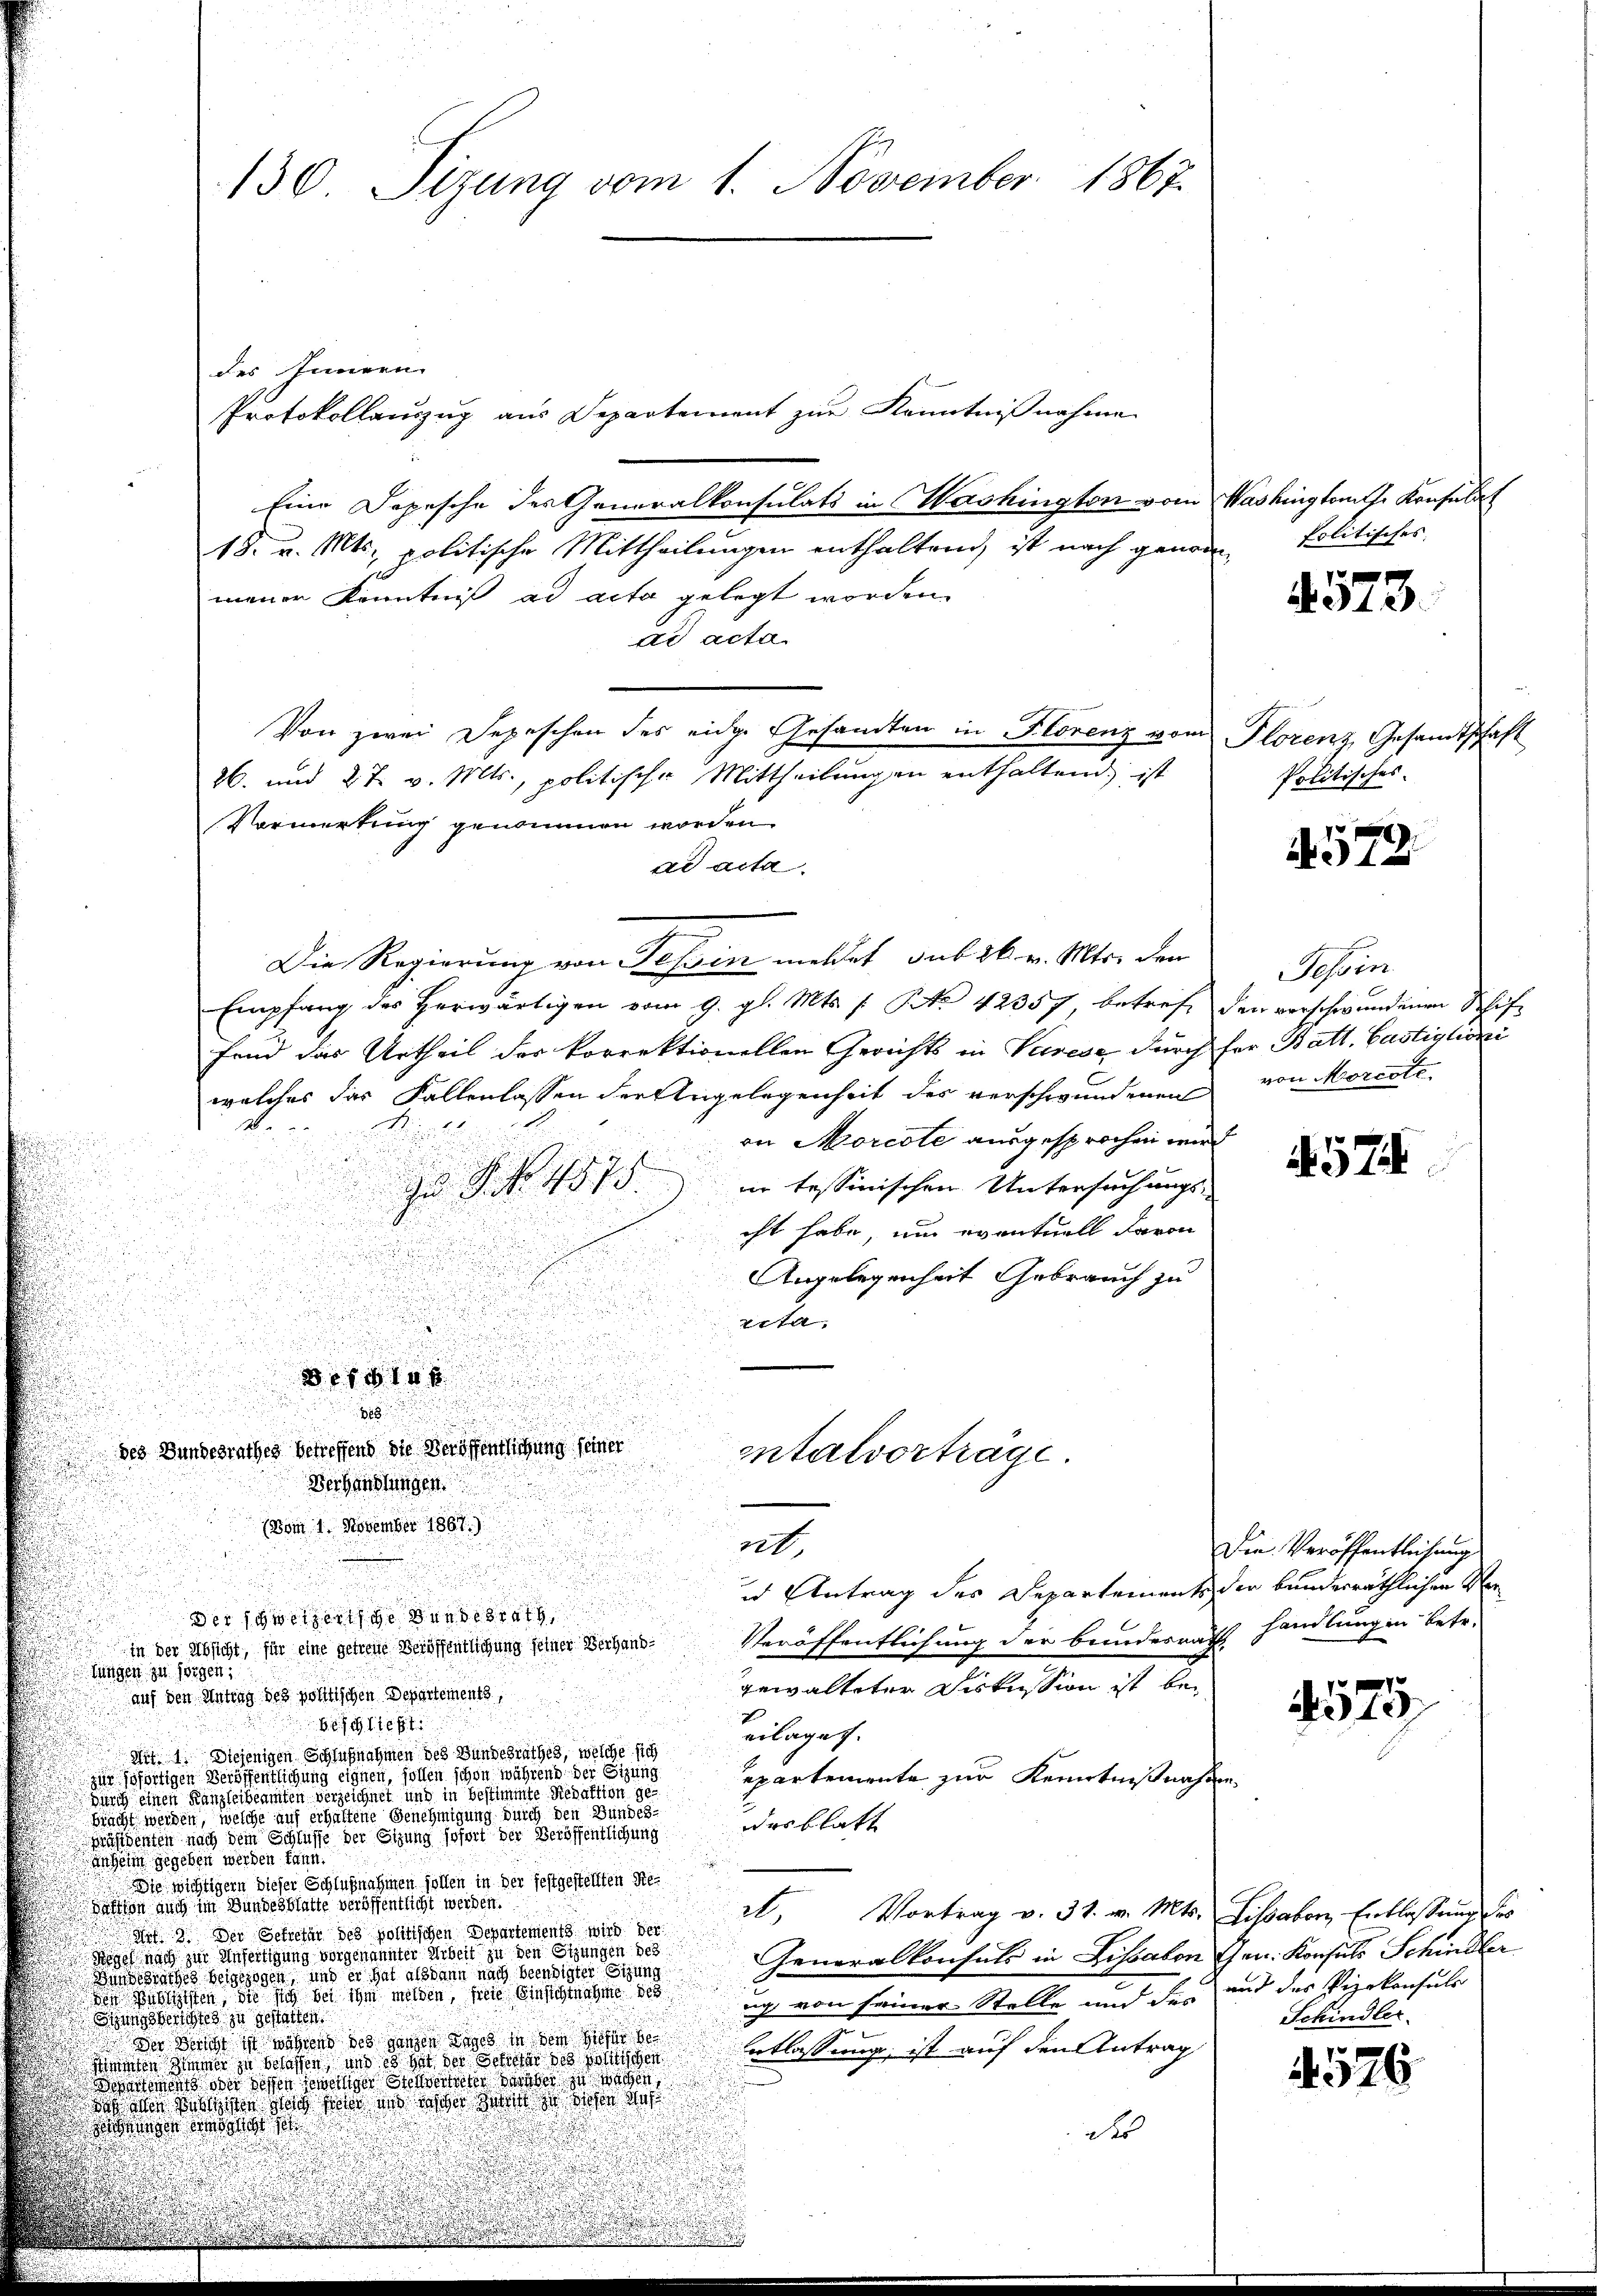
des Innern.
Protokollauszug aus Departement zur Kenntnißnahme
Eine Depesche des Generalkonsulats in Washington vom Washingtons Konsulat
18. v. Mts. politische Mittheilungen enthaltend, ist nach genom
mener Kenntniß ad acta gelegt worden.
dd acta.
Von zwei Depeschen des eidge Gesandten in Florenz vom
26. und 2 t v. Mts., politische Mittheilungen enthaltend, ist
Vormerkung genommen worden.
ad acta.
Die Regierung von Tessin meldet sub 26. v. Mts. den
Empfang des herwärtigen vom 9. gl. Mts. f. No 42357, betreff den verschwundenen Schiffand das Urtheil der korrektionellen Gerichts in Varese durch für Batt. Gastiglioni
welches das Fallenlassen der Angelegenheit der verschwundenen
Nr. 20.

on Morcote ausgesprochen wird
zu S. Nr. 4575. in tessinischen Untersuchungs-
cht habe, um eventuell davon
Angelegenheit Gebrauch zu
rta,
38 1614 x
8
des Bundesrathes betreffend die Veröffentlichung seiner
entalvorträge.
Verhandlungen.
(vom 1. November 1867)
ret.
in Antrag des Departements der bunderräthlichen Verder schweizertige Bundesrath,
Veröffentlichung der bundesrath
in der Absicht, für eine getreue Veröffentlichung seiner Verhand¬
Jungen zu sorgen;
gewalteter Diskussion ist bei
auf den Antrag des politischen Departements,
7
belief
eilagen.
Art. 1. Diejenigen Schlußnahmen des Bundesrathes, welche sich
zur sofortigen Veröffentlichung eignen, sollen schon während der Sitzung
epartemente zur Kenntniß nahe
gi einen Kanzleibeamten verzeichnet und in besten deration de
Bracht werden, welche und erhaltene Benehmigung durch den Bundes
das blatt
üssenen nach dem Eglisse der Sitzung sofort der Veröffentlichung
angen gegeben werden kann.
Die wichtigern dieser Schlußnahmen sollen in der festgestellten Re¬
Batten auch im Bundesblatte veröffentlicht weißen.
et. Vortrag v. 31. v. Mts. Lissabor Entlassung des
An 3. Der Getrefür des politischen Departements wird der
Sigel auch zur Anfertigung vorgenannter Arbeit zu den Sitzungen des
Generalkonsuls in Dissabon
Binziges beigezogen und er hat alsdann nach beendigter Sitzung
der Beschehen, die sich der ihm melden seinen
g, von seiner Stelle und des
Sungsberichtes zu gestatten
u
Der Bericht ist während des ganzen Tages in der
Entlassung, ist auf den Antrag
iten Simmer zu belassen, und es hat der Beliefer des politischen
oment oder den seitige See der zu
 der Mangen war sein er es
wangen droit s
des

130. Sizung vom 1. November 1867.

politisches. |

573.

Florenz, Gesandtschaft
Politisches

A 572

Tessin
von Morcote.

57

Die Veröffentlichung
handlungen betr.

575

Chrn. Konsuls Schindler
und des Vizekonsuls
Schindlei

4576